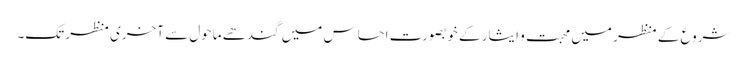
شروع کے منظر میں محبت و ایثار کے خوبصورت احساس میں گندھے ماحول سے آخری منظر تک۔